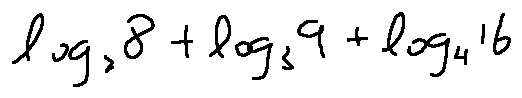
\log _ { 2 } 8 + \log _ { 3 } 9 + \log _ { 4 } 1 6